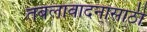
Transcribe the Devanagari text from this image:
तबलावादनासाठी